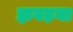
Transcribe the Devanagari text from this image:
झगड़ना